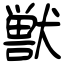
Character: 獣